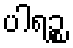
ပါရဉ္စ